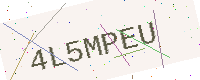
Text: 4L5MPEU